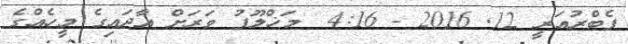
ފެބްރުއަރީ 12